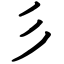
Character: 彡